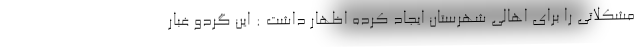
مشکلاتی را برای اهالی شهرستان ایجاد کرده اظهار داشت : این گردو غبار